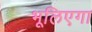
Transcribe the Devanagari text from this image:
भूलिएगा